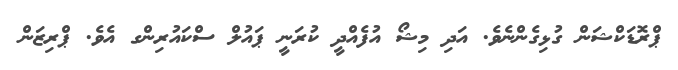
ޕްރޮޑަކްޝަން ގުޅިގެންނެވެ. އަދި މިޝޯ އުފެއްދީ ކުރަނީ ޕައުލް ސްކައުރިންގ އެވެ. ޕްރިޒަން